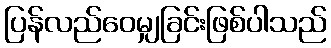
ပြန်လည်ဝေမျှခြင်းဖြစ်ပါသည်